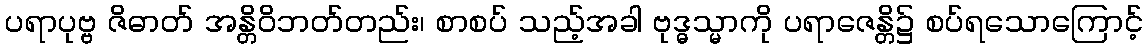
ပရာပုဗ္ဗ ဇိဓာတ် အန္တိဝိဘတ်တည်း၊ စာစပ် သည့်အခါ ဗုဒ္ဓသ္မာကို ပရာဇေန္တိ၌ စပ်ရသောကြောင့်